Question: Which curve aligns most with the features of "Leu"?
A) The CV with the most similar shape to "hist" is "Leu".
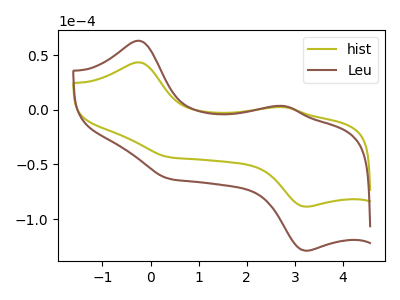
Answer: <think>The olive curve "hist" has anodic peaks at (-0.25V, 43.35uA) (2.80V, 2.35uA) and cathodic peaks at (0.40V, -43.40uA) (3.25V, -88.60uA). The brown curve "Leu" has anodic peaks at (-0.25V, 63.10uA) (2.80V, 3.45uA) and cathodic peaks at (0.40V, -63.15uA) (3.25V, -128.90uA).
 All the peaks in "hist" have a peak in "Leu" at the same potential. Every peak in "hist" is lower than every peak in "Leu".</think>
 <answer>A) The CV with the most similar shape to "hist" is "Leu".</answer>
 <eval>A</eval>